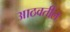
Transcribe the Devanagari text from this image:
आठवतील